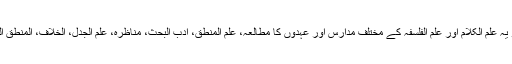
جہاں تک علم العقل کا تعلق ہے تو یہ علم الکلام اور علم الفلسفہ کے مختلف مدارس اور عہدوں کا مطالعہ، علم المنطق، ادب البحث، مناظرہ، علم الجدل، الخلاف، المنطق الحدیث اور مناہج البحث وغیرہ ہے۔